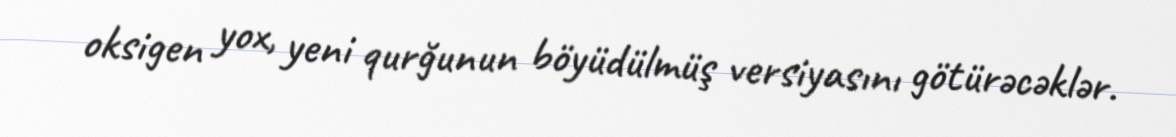
oksigen yox, yeni qurğunun böyüdülmüş versiyasını götürəcəklər.